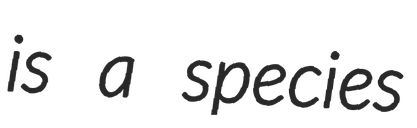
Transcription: is a species